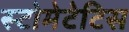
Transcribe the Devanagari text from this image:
स्टोमेटेटिस